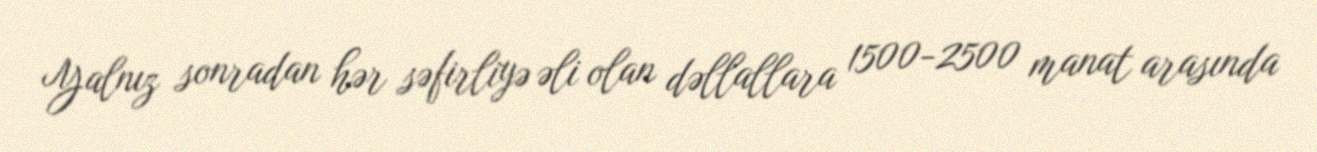
Yalnız sonradan hər səfirliyə əli olan dəllallara 1500-2500 manat arasında